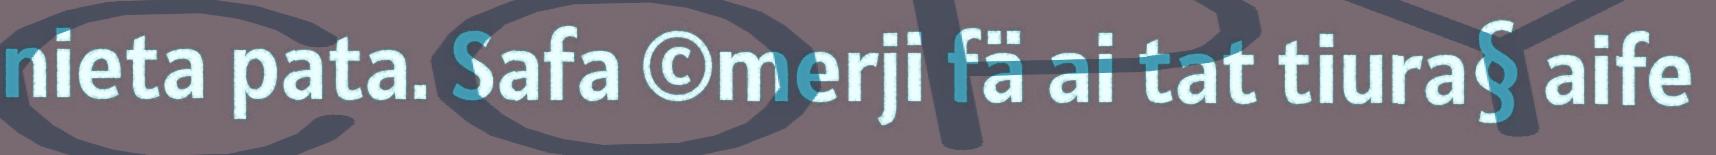
nieta pata. Safa ©merji fä ai tat tiura§ aife